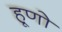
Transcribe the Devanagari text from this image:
हूणो